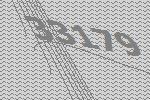
33179